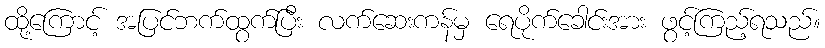
ထို့ကြောင့် အပြင်ဘက်ထွက်ပြီး လက်ဆေးကန်မှ ရေပိုက်ခေါင်းအား ဖွင့်ကြည့်ရသည်။